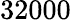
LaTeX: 32000